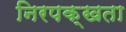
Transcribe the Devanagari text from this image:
निरपक्खता